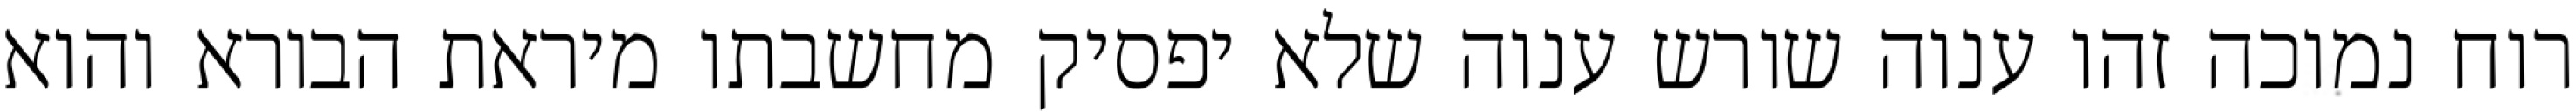
רוח נמוכה זהו ענוה שורש ענוה שלא יפסיק מחשבתו מיראת הבורא והוא